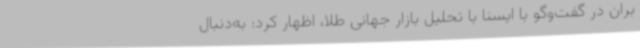
بران در گفت‌وگو با ایسنا با تحلیل بازار جهانی طلا، اظهار کرد: به‌دنبال